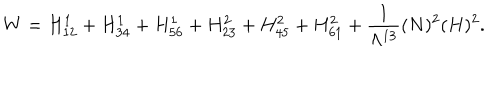
LaTeX: W = H _ { 1 2 } ^ { 1 } + H _ { 3 4 } ^ { 1 } + H _ { 5 6 } ^ { 1 } + H _ { 2 3 } ^ { 2 } + H _ { 4 5 } ^ { 2 } + H _ { 6 1 } ^ { 2 } + \frac { 1 } { \Lambda ^ { 1 3 } } ( N ) ^ { 2 } ( H ) ^ { 2 } .